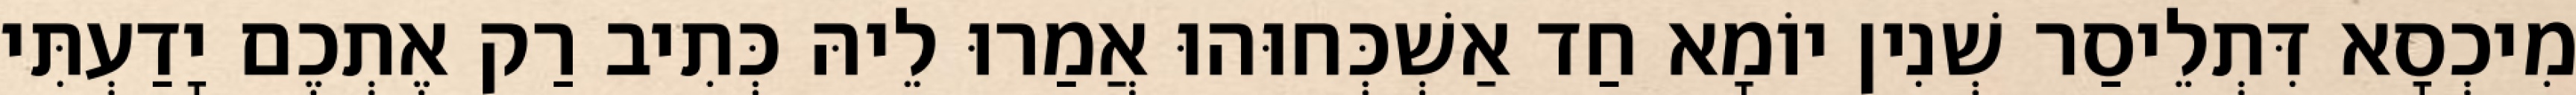
מִיכְסָא דִּתְלֵיסַר שְׁנִין יוֹמָא חַד אַשְׁכְּחוּהוּ אֲמַרוּ לֵיהּ כְּתִיב רַק אֶתְכֶם יָדַעְתִּי